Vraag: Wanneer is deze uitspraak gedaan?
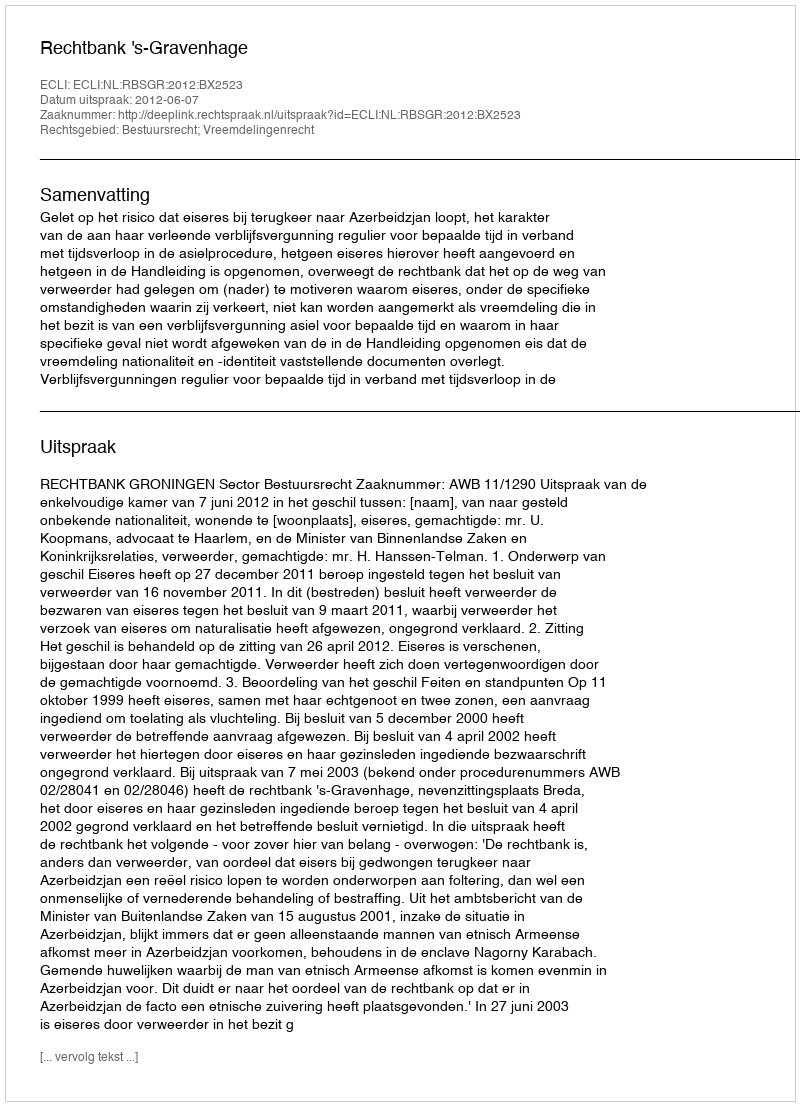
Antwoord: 2012-06-07